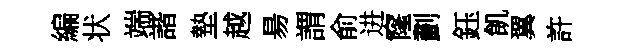
編状端諧墊越昜謂俞进窿劃鈺飢翼許